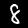
Label: 8